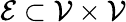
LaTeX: \mathcal{E}\subset\mathcal{V}\times\mathcal{V}